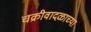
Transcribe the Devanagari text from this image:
चक्रीवादळाच्या